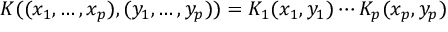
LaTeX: K ( ( x _ { 1 } , \ldots , x _ { p } ) , ( y _ { 1 } , \ldots , y _ { p } ) ) = K _ { 1 } ( x _ { 1 } , y _ { 1 } ) \cdots K _ { p } ( x _ { p } , y _ { p } )